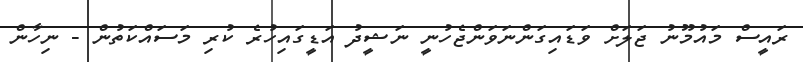
ރައީސް މައުމޫނު ޖަލަށް ވަޑައިގަންނަވަންޖެހުނީ ނަޝީދު އަޑީގައިހުރެ ކުރި މަސައްކަތުން - ނިހާން